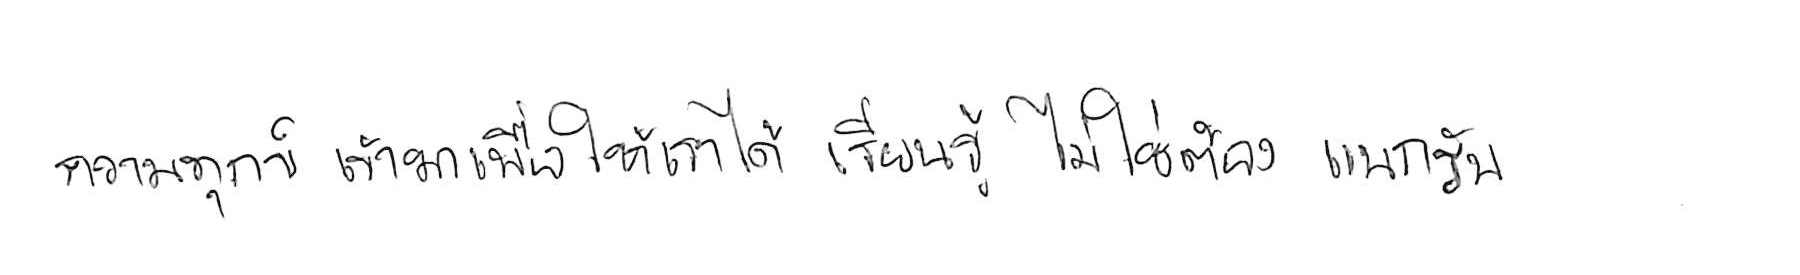
ความทุกข์ เข้ามาเพื่อให้เราได้ เรียนรู้ ไม่ใช่ต้อง แบกรับ